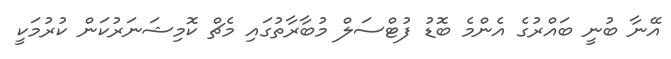
އޭނާ ބުނީ ބައްރުގެ އެންމެ ބޮޑު ފުޓްސަލް މުބާރާތުގައި މެޗް ކޮމިޝަނަރުކަން ކުރުމަކީ